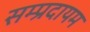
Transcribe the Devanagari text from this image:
सम्प्रदायम